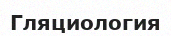
Гляциология